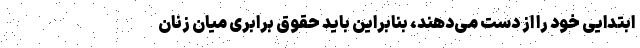
ابتدایی خود را از دست می‌دهند، بنابراین باید حقوق برابری میان زنان